Indian journal of veterinary science and animal husbandry - Volume 11,
Year: 1941
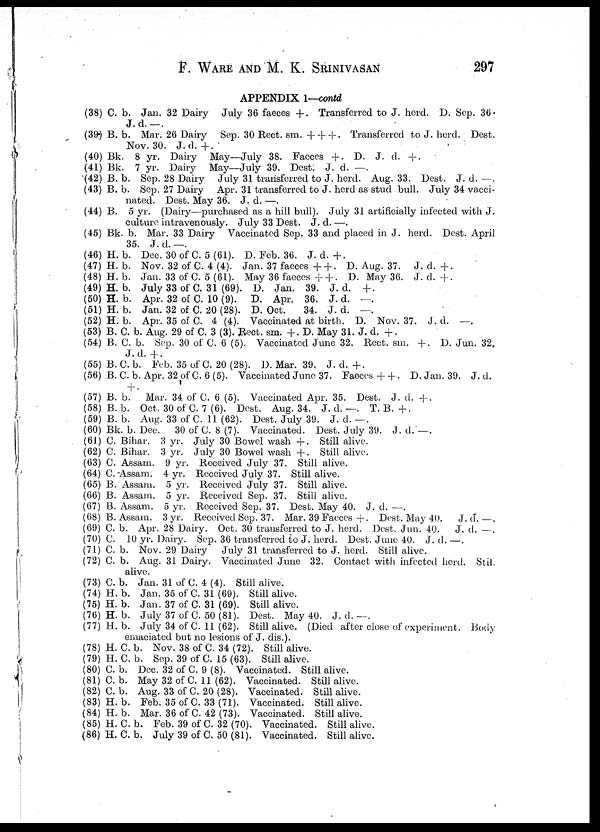
F. WARE AND M. K. SRINIVASAN 297
APPENDIX 1—contd
(38) C. b. Jan. 32 Dairy July 36 faeces +. Transferred to J. herd. D. Sep. 36.
J.d. —.
(39) B. b. Mar. 26 Dairy Sep. 30 Rect. sm. +++ . Transferred to J. herd. Dest.
Nov. 30. J. d.+.
(40) Bk. 8 yr. Dairy May—July 38. Faeces +. D. J. d. +.
(41) Bk. 7 yr. Dairy May—July 39. Dest. J. d. —.
(42) B. b. Sep. 28 Dairy July 31 transferred to J. herd. Aug. 33. Dest. J. d. —.
(43) B. b. Sep. 27 Dairy Apr. 31 transferred to J. herd as stud bull. July 34 vacci-
nated. Dest. May 36. J. d. —.
(44) B. 5 yr. (Dairy—purchased as a hill bull). July 31 artificially infected with J.
culture intravenously. July 33 Dest. J. d. —.
(45) Bk. b. Mar. 33 Dairy Vaccinated Sep. 33 and placed in J. herd. Dest. April
35. J. d. —.
(46) H. b. Dec. 30 of C. 5 (61). D. Feb. 36. J. d. +.
(47) H. b. Nov. 32 of C. 4 (4). Jan. 37 faeces + + . D. Aug. 37. J. d. +.
(48) H. b. Jan. 33 of C. 5 (61). May 36 faeces + + . D. May 36. J. d. +.
(49) H. b. July 33 of C. 31 (69). D. Jan. 39. J. d. +.
(50) H. b. Apr. 32 of C. 10 (9). D. Apr. 36. J. d. —.
(51) H. b. Jan. 32 of C. 20 (28). D. Oct.
34. J. d. —.
(52) H. b. Apr. 35 of C. 4 (4). Vaccinated at birth. D. Nov. 37. J. d. —.
(53) B. C. b. Aug. 29 of C. 3 (3). Rect. sm. + . D. May 31. J. d. +.
(54) B. C. b. Sep. 30 of C. 6 (5). Vaccinated June 32. Rect. sm. +. D. Jun. 32.
J.d. +.
(55) B. C. b. Feb. 35 of C. 20 (28). D. Mar. 39. J. d. +.
(56) B. C. b. Apr. 32 of C. 6 (5). Vaccinated June 37. Faeces + +. D. Jan. 39. J. d.
+ .
(57) B. b.
Mar. 34 of C. 6 (5). Vaccinated Apr. 35. Dest. J. d. +.
(58) B. b. Oct. 30 of C. 7 (6). Dest. Aug. 34. J. d. —. T. B. +.
(59) B. b. Aug. 33 of C. 11 (62). Dest. July 39. J. d. —.
(60) Bk. b. Dec.
30 of C. 8 (7). Vaccinated. Dest. July 39. J. d. —.
(61) C. Bihar. 3 yr. July 30 Bowel wash +. Still alive.
(62) C. Bihar. 3 yr. July 30 Bowel wash +. Still alive.
(63) C. Assam. 9 yr. Received July 37. Still alive.
(64) C. Assam. 4 yr. Received July 37. Still alive.
(65) B. Assam. 5 yr. Received July 37. Still alive.
(66) B. Assam. 5 yr. Received Sep. 37. Still alive.
(67) B. Assam. 5 yr. Received Sep. 37. Dest. May 40. J. d. —.
(68) B.Assam. 3 yr. Received Sep. 37. Mar. 39 Faeces +. Dest. May 40.
J. d. —.
(69) C. b. Apr. 28 Dairy. Oct. 30 transferred to J. herd. Dest. Jun. 40.
J. d. —.
(70) C. 10 yr. Dairy. Sep. 36 transferred to J. herd. Dest. June 40. J.d.—.
(71) C. b. Nov. 29 Dairy
July 31 transferred to J. herd. Still alive.
(72) C. b. Aug. 31 Dairy. Vaccinated June 32. Contact with infected herd. Stil.
alive.
(73) C. b. Jan. 31 of C. 4 (4). Still alive.
(74) H. b. Jan. 35 of C. 31 (69). Still alive.
(75) H. b. Jan. 37 of C. 31 (69). Still alive.
(76) H. b. July 37 of C. 50 (81). Dest. May 40. J. d. —.
(77) H. b. July 34 of C. 11 (62). Still alive. (Died after close of experiment. Body
emaciated but no lesions of J. dis.).
(78) H. C. b. Nov. 38 of C. 34 (72). Still alive.
(79) H. C. b. Sep. 39 of C. 15 (63). Still alive.
(80) C. b. Dec. 32 of C. 9 (8). Vaccinated. Still alive.
(81) C. b. May 32 of C. 11 (62). Vaccinated. Still alive.
(82) C. b. Aug. 33 of C. 20 (28). Vaccinated. Still alive.
(83) H. b. Feb. 35 of C. 33 (71). Vaccinated. Still alive.
(84) H. b. Mar. 36 of C. 42 (73). Vaccinated. Still alive.
(85) H. C. b. Feb. 39 of C. 32 (70). Vaccinated. Still alive.
(86) H. C. b. July 39 of C. 50 (81). Vaccinated. Still alive.